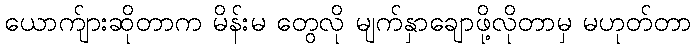
ယောက်ျားဆိုတာက မိန်းမ တွေလို မျက်နှာချောဖို့လိုတာမှ မဟုတ်တာ